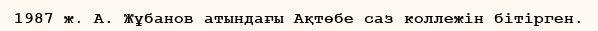
1987 ж. А. Жұбанов атындағы Ақтөбе саз коллежін бітірген.